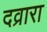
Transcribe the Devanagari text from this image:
दव्रारा